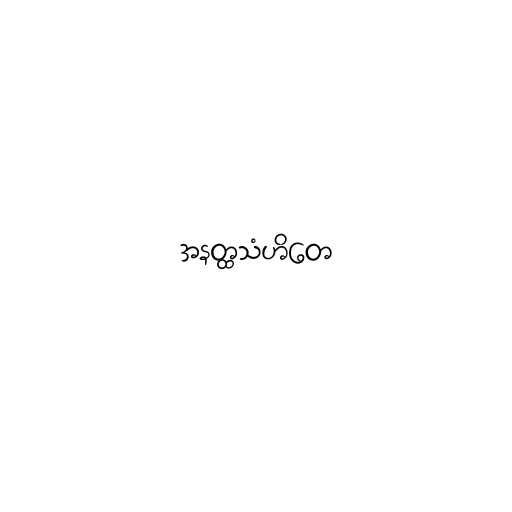
အနတ္ထသံဟိတေ